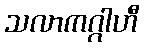
သလာကဂ္ဂါဟီ